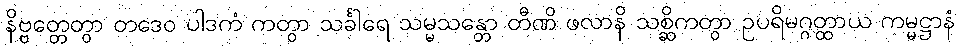
နိဗ္ဗတ္တေတွာ တဒေဝ ပါဒကံ ကတွာ သင်္ခါရေ သမ္မသန္တော တီဏိ ဖလာနိ သစ္ဆိကတွာ ဥပရိမဂ္ဂတ္ထာယ ကမ္မဋ္ဌာနံ